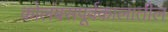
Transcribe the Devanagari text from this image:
कोलंबसपूर्वकालातील